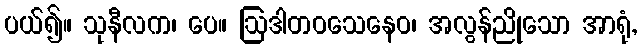
ပယ်၍။ သုနီလက၊ ပေ။ ဩဒါတဝသေနေဝ၊ အလွန်ညိုသော အာရုံ,